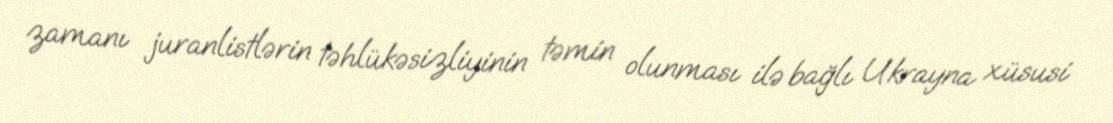
zamanı juranlistlərin təhlükəsizliyinin təmin olunması ilə bağlı Ukrayna xüsusi